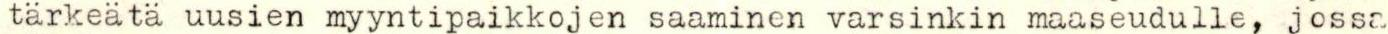
tärkeätä uusien myyntipaikkojen saaminen varsinkin maaseudulle, jossa